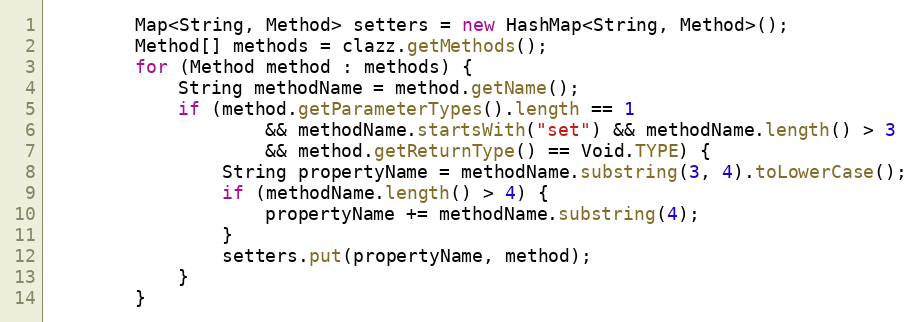
Language: Java
		Map<String, Method> setters = new HashMap<String, Method>();
		Method[] methods = clazz.getMethods();
		for (Method method : methods) {
			String methodName = method.getName();
			if (method.getParameterTypes().length == 1
					&& methodName.startsWith("set") && methodName.length() > 3
					&& method.getReturnType() == Void.TYPE) {
				String propertyName = methodName.substring(3, 4).toLowerCase();
				if (methodName.length() > 4) {
					propertyName += methodName.substring(4);
				}
				setters.put(propertyName, method);
			}
		}